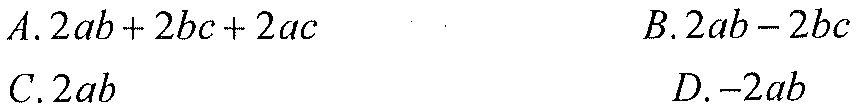
A. \(2ab + 2bc+2ac\)  B. \(2ab - 2bc\)
C. \(2ab\)  D. \(-2ab\)